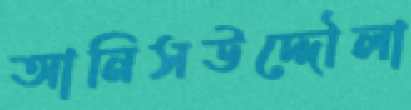
আনিসউদ্দৌলা